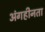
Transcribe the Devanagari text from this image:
अंगहीनता